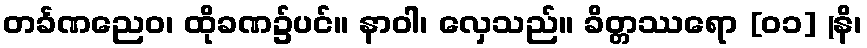
တင်္ခဏညေဝ၊ ထိုခဏ၌ပင်။ နာဝါ၊ လှေသည်။ ခိတ္တဿရော [၀၁] (နိ၊